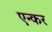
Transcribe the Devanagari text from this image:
एन्कर